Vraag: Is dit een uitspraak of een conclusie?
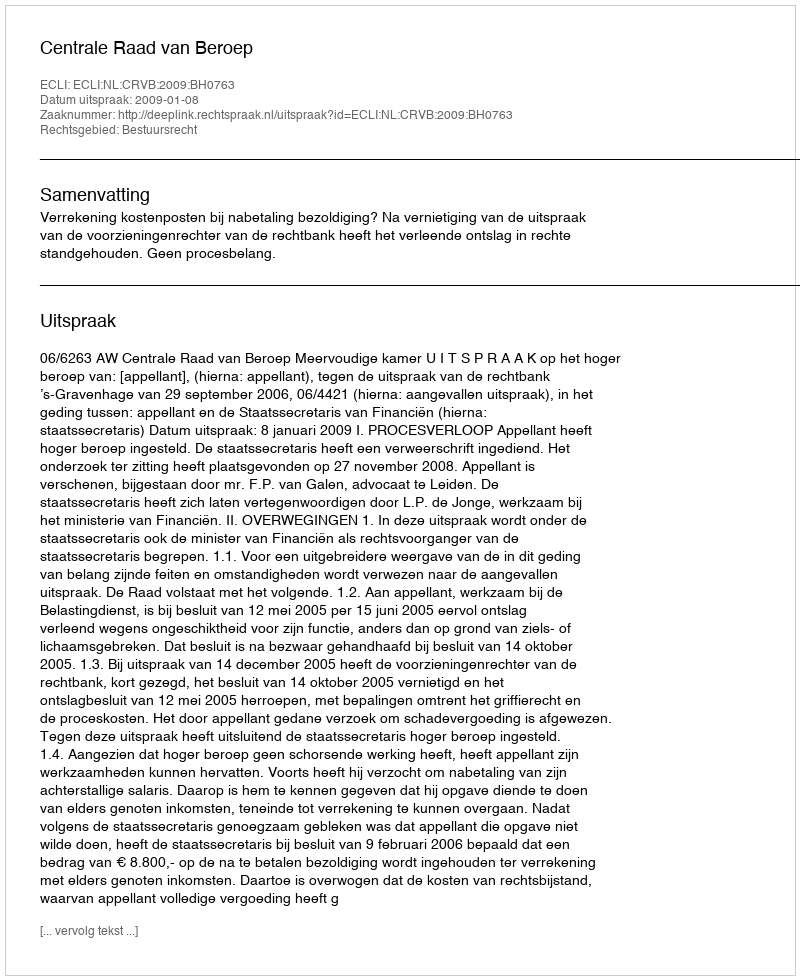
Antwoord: Uitspraak